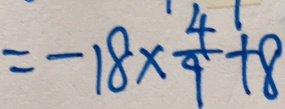
= - 1 8 \times \frac { 4 } { 9 } + 8